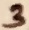
Text: 3